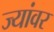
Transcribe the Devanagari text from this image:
ज्यांवर